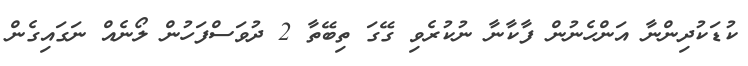
ކުޑަކުދިންނާ އަންހެނުން ފާކާނާ ނުކުރެވި ގޭގަ ތިބޭތާ 2 ދުވަސްފަހުން ލޯނެއް ނަގައިގެން